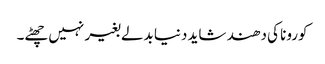
کورونا کی دھند شاید دنیا بدلے بغیر نہیں چھٹے۔